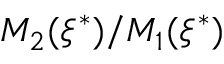
M _ { 2 } ( \xi ^ { * } ) / M _ { 1 } ( \xi ^ { * } )